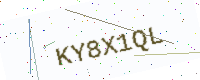
Text: KY8X1QL